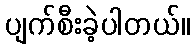
ပျက်စီးခဲ့ပါတယ်။